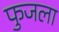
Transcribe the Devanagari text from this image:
फुजला